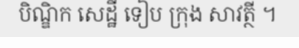
បិណ្ឌិក សេដ្ឋី ទៀប ក្រុង សាវត្ថី ។